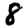
Digit: 8